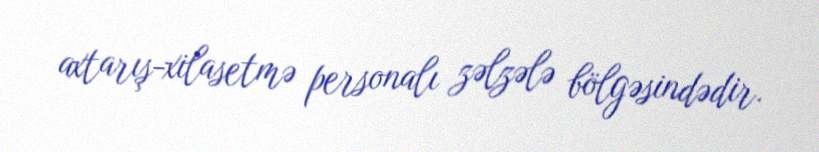
axtarış-xilasetmə personalı zəlzələ bölgəsindədir.